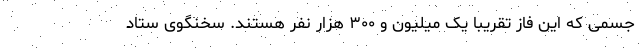
جسمی که این فاز تقریباً یک میلیون و ۳۰۰ هزار نفر هستند. سخنگوی ستاد